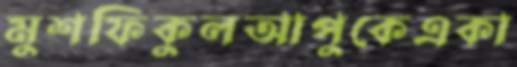
মুশফিকুলআপুকেএকা